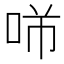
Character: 𱒡